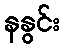
နနွင်း